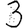
Digit: 3